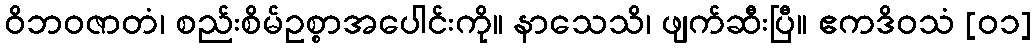
ဝိဘဝဇာတံ၊ စည်းစိမ်ဥစ္စာအပေါင်းကို။ နာသေသိ၊ ဖျက်ဆီးပြီ။ ဧကဒိဝသံ [၀၁]